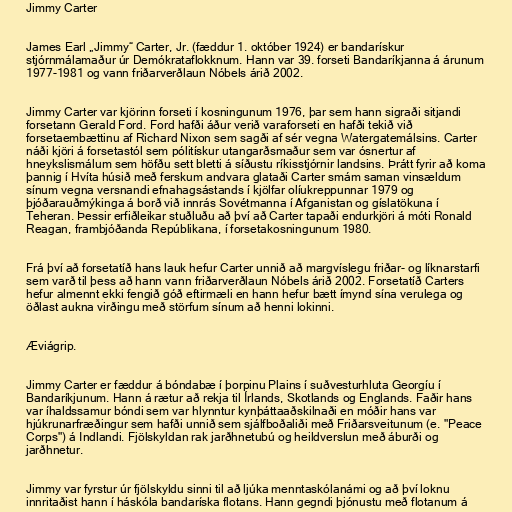
Jimmy Carter

James Earl „Jimmy“ Carter, Jr. (fæddur 1. október 1924) er bandarískur
stjórnmálamaður úr Demókrataflokknum. Hann var 39. forseti Bandaríkjanna á árunum
1977-1981 og vann friðarverðlaun Nóbels árið 2002.

Jimmy Carter var kjörinn forseti í kosningunum 1976, þar sem hann sigraði sitjandi
forsetann Gerald Ford. Ford hafði áður verið varaforseti en hafði tekið við
forsetaembættinu af Richard Nixon sem sagði af sér vegna Watergatemálsins. Carter
náði kjöri á forsetastól sem pólitískur utangarðsmaður sem var ósnertur af
hneykslismálum sem höfðu sett bletti á síðustu ríkisstjórnir landsins. Þrátt fyrir að koma
þannig í Hvíta húsið með ferskum andvara glataði Carter smám saman vinsældum
sínum vegna versnandi efnahagsástands í kjölfar olíukreppunnar 1979 og
þjóðarauðmýkinga á borð við innrás Sovétmanna í Afganistan og gíslatökuna í
Teheran. Þessir erfiðleikar stuðluðu að því að Carter tapaði endurkjöri á móti Ronald
Reagan, frambjóðanda Repúblikana, í forsetakosningunum 1980.

Frá því að forsetatíð hans lauk hefur Carter unnið að margvíslegu friðar- og líknarstarfi
sem varð til þess að hann vann friðarverðlaun Nóbels árið 2002. Forsetatíð Carters
hefur almennt ekki fengið góð eftirmæli en hann hefur bætt ímynd sína verulega og
öðlast aukna virðingu með störfum sínum að henni lokinni.

Æviágrip.

Jimmy Carter er fæddur á bóndabæ í þorpinu Plains í suðvesturhluta Georgíu í
Bandaríkjunum. Hann á rætur að rekja til Írlands, Skotlands og Englands. Faðir hans
var íhaldssamur bóndi sem var hlynntur kynþáttaaðskilnaði en móðir hans var
hjúkrunarfræðingur sem hafði unnið sem sjálfboðaliði með Friðarsveitunum (e. "Peace
Corps") á Indlandi. Fjölskyldan rak jarðhnetubú og heildverslun með áburði og
jarðhnetur.

Jimmy var fyrstur úr fjölskyldu sinni til að ljúka menntaskólanámi og að því loknu
innritaðist hann í háskóla bandaríska flotans. Hann gegndi þjónustu með flotanum á